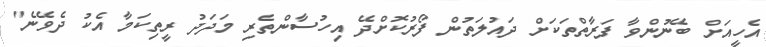
އެހީއަށް ބޭނުންވާ ފަރާތްތަކަށް ދައުލަތުން ފޯރުކޮށްދޭ އިހުސާންތެރި މަދަދު ރީތިކަމާ އެކު ދެވޭނެ"